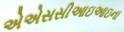
એએસસીઆઇઆઇના